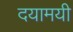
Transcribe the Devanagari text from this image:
दयामयी